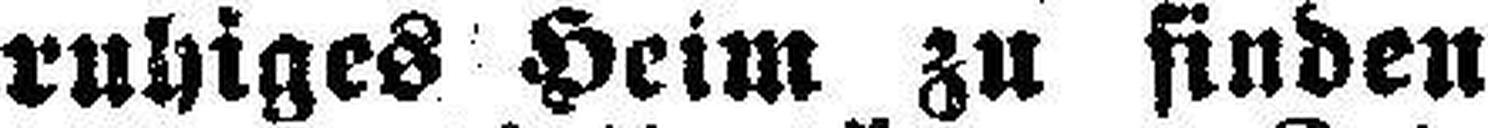
ruhiges Heim zu finden